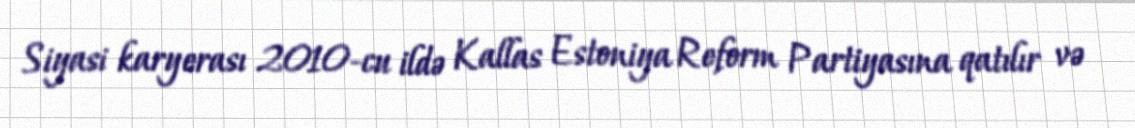
Siyasi karyerası 2010-cu ildə Kallas Estoniya Reform Partiyasına qatılır və